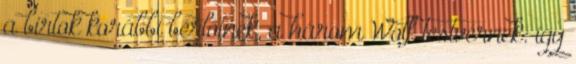
a birtok korábbi bérlőinek, a három Wolf testvérnek: így